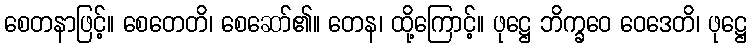
စေတနာဖြင့်။ စေတေတိ၊ စေဆော်၏။ တေန၊ ထို့ကြောင့်။ ဖုဋ္ဌေ ဘိက္ခဝေ ဝေဒေတိ၊ ဖုဋ္ဌေ